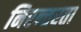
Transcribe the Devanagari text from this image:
निरन्‍तरता